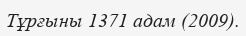
Тұрғыны 1371 адам (2009).